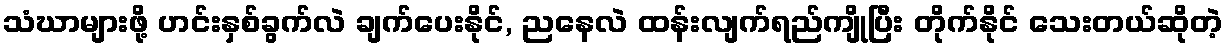
သံဃာများဖို့ ဟင်းနှစ်ခွက်လဲ ချက်ပေးနိုင်, ညနေလဲ ထန်းလျက်ရည်ကျိုပြီး တိုက်နိုင် သေးတယ်ဆိုတဲ့